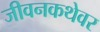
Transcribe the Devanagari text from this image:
जीवनकथेवर